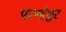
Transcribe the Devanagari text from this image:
पाण्डेश्वर